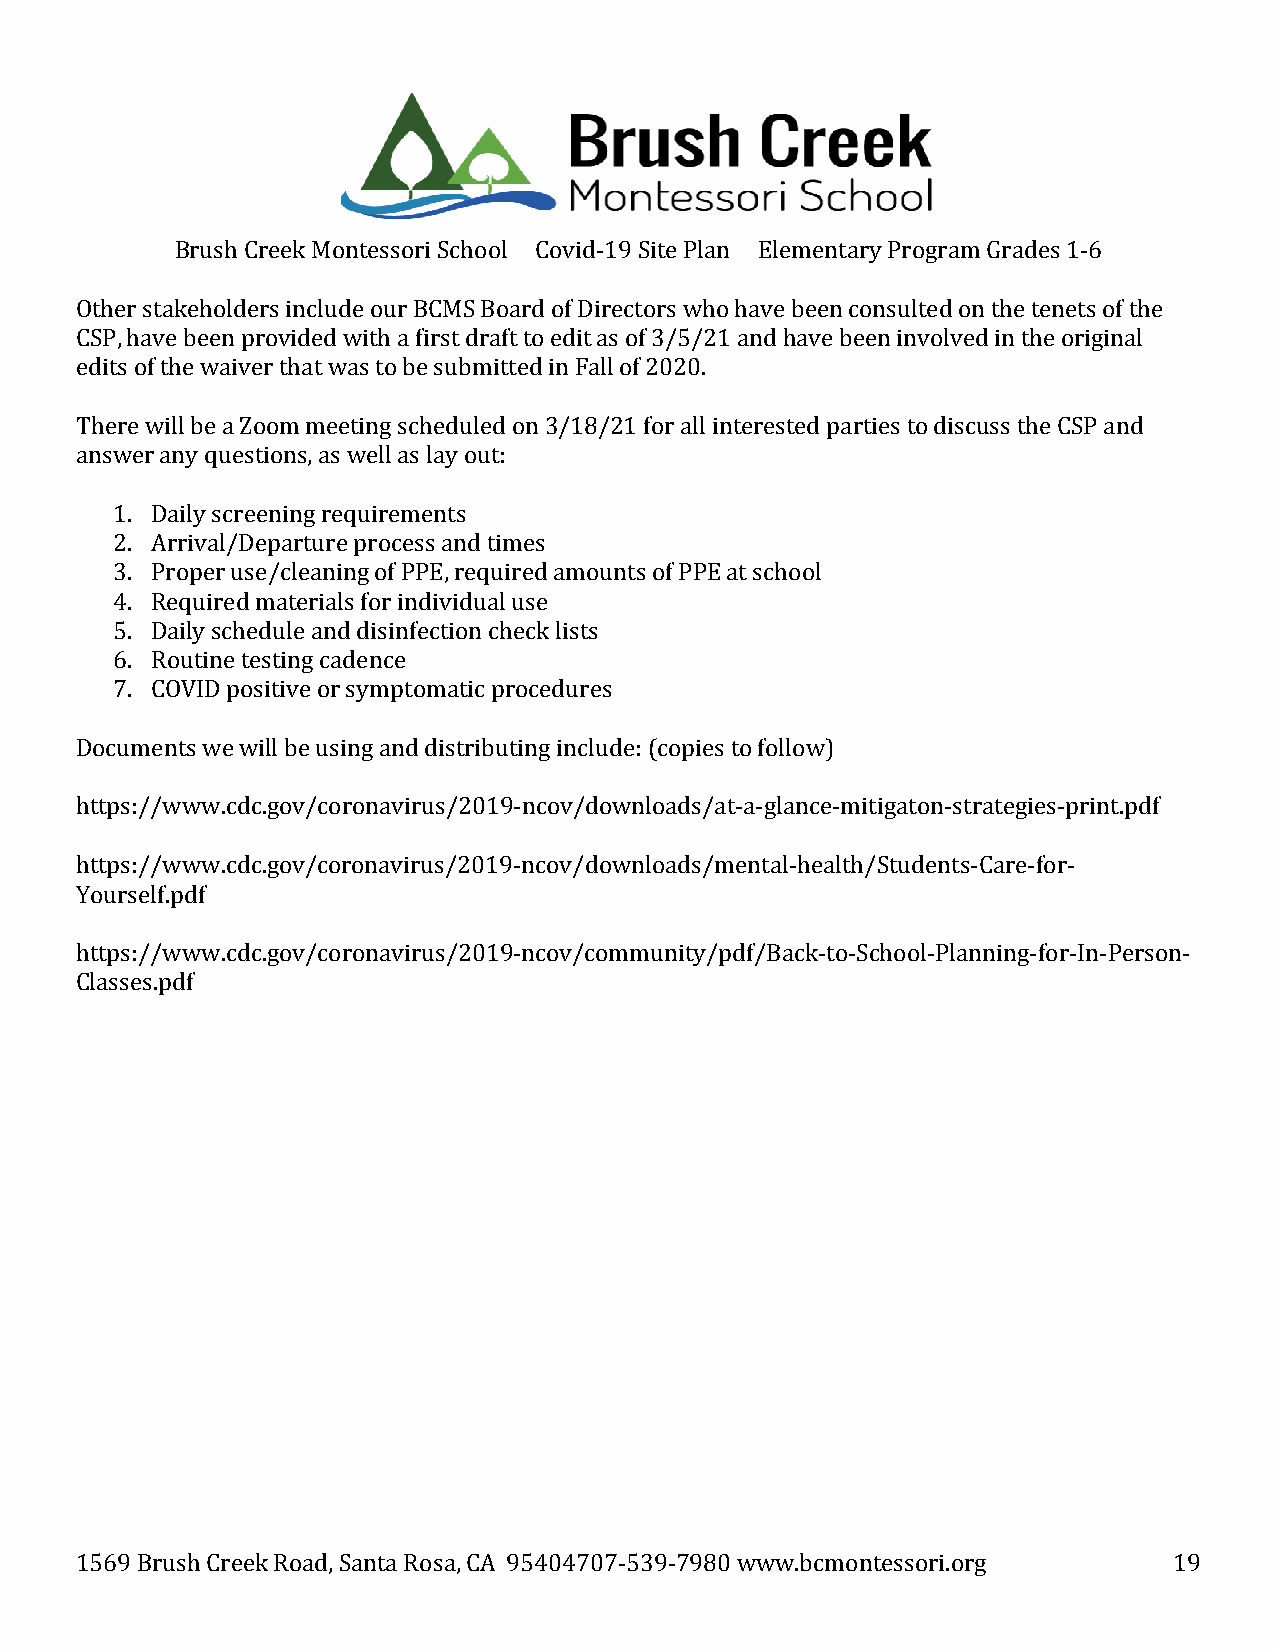
Brush Creek Montessori School Covid-19 Site Plan Elementary Program Grades 1-6
 Other stakeholders include our BCMS Board of Directors who have been consulted on the tenets of the
 CSP, have been provided with a first draft to edit as of 3/5/21 and have been involved in the original
 edits of the waiver that was to be submitted in Fall of 2020.
 There will be a Zoom meeting scheduled on 3/18/21 for all interested parties to discuss the CSP and
 answer any questions, as well as lay out:
 1. Daily screening requirements
 2. Arrival/Departure process and times
 3. Proper use/cleaning of PPE, required amounts of PPE at school
 4. Required materials for individual use
 5. Daily schedule and disinfection check lists
 6. Routine testing cadence
 7. COVID positive or symptomatic procedures
 Documents we will be using and distributing include:
 https://www.cdc.gov/coronavirus/2019-ncov/downl(ocaodpsi/eas tt-oa -fgollalonwce)-mitigaton-strategies-print.pdf
 https://www.cdc.gov/coronavirus/2019-ncov/downloads/mental-health/Students-Care-for-
 Yourself.pdf
 https://www.cdc.gov/coronavirus/2019-ncov/community/pdf/Back-to-School-Planning-for-In-Person-
 Classes.pdf
 1569 Brush Creek Road, Santa Rosa, CA 95404707-539-7980 www.bcmontessori.org 19